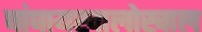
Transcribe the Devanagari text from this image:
षांघायखालोखाल